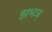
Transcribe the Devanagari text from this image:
झभञ्